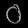
Digit: ၀